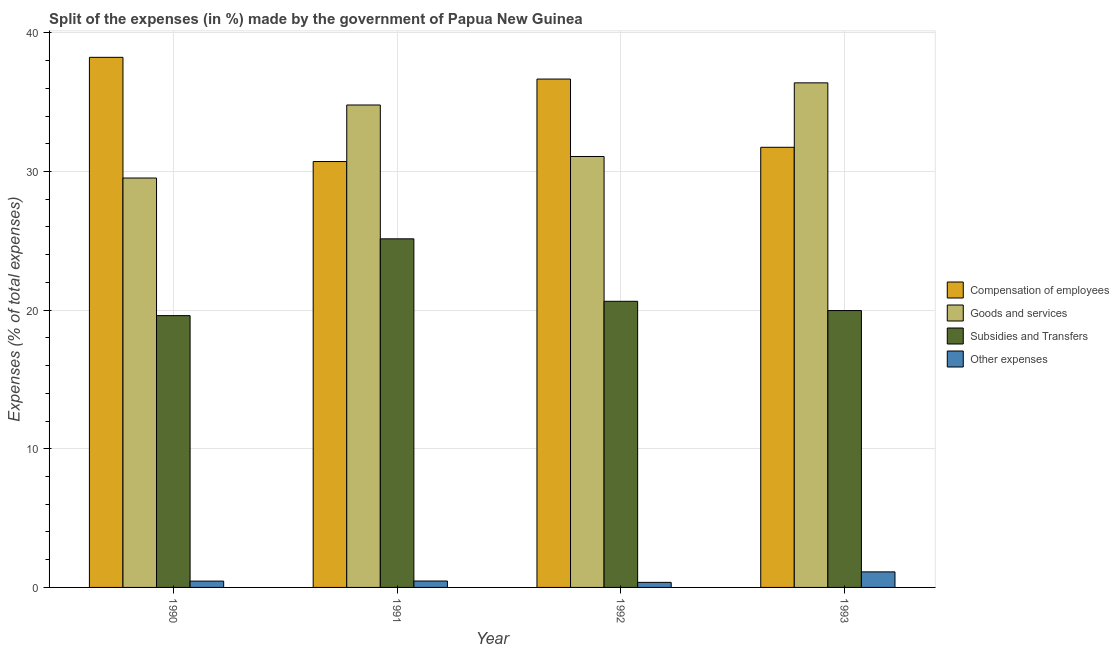
| Year | Compensation of employees | Goods and services | Subsidies and Transfers | Other expenses |
 | --- | --- | --- | --- | --- |
 | 1990 | 38.2 | 29.5 | 19.6 | 0.456 |
 | 1991 | 30.7 | 34.8 | 25.1 | 0.463 |
 | 1992 | 36.7 | 31.1 | 20.6 | 0.365 |
 | 1993 | 31.7 | 36.4 | 20 | 1.12 |